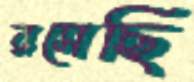
রসেছি